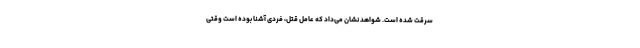
سرقت شده است. شواهد نشان می‌داد که عامل قتل، فردی آشنا بوده است وقتی